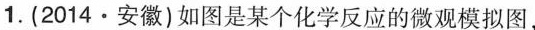
1.(2014·安徽)如图是某个化学反应的微观模拟图，